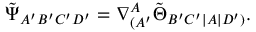
\tilde { \Psi } _ { A ^ { \prime } B ^ { \prime } C ^ { \prime } D ^ { \prime } } = \nabla _ { ( A ^ { \prime } } ^ { A } \tilde { \Theta } _ { B ^ { \prime } C ^ { \prime } | A | D ^ { \prime } ) } .